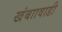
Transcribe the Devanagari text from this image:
खंबाावाडी